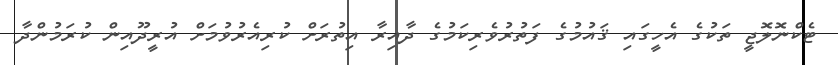
ޓެކްނޮލޮޖީ ތަކުގެ އެހީގައި ޤައުމުގެ ފަތުރުވެރިކަމުގެ ދާއިރާ އިތުރަށް ކުރިއެރުވުމަށް އުރީދޫއިން ކުރަމުންދާ